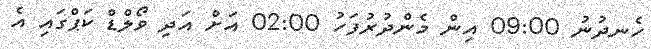
ހެނދުނު 09:00 އިން މެންދުރުފަހު 02:00 އަށް އަދި ވޯލްޑް ކަޕްގައި އެ